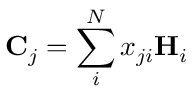
{ \mathbf { C } _ { j } } = \sum _ { i } ^ { N } { x _ { j i } \mathbf { H } _ { i } }